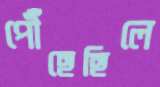
পৌঁছেছিলে